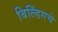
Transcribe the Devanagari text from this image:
बिल्डिंगचे